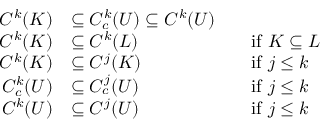
{ \begin{array} { r l r l } { C ^ { k } ( K ) } & { \subseteq C _ { c } ^ { k } ( U ) \subseteq C ^ { k } ( U ) } \\ { C ^ { k } ( K ) } & { \subseteq C ^ { k } ( L ) } & & { { \mathrm { i f ~ } } K \subseteq L } \\ { C ^ { k } ( K ) } & { \subseteq C ^ { j } ( K ) } & & { { \mathrm { i f ~ } } j \leq k } \\ { C _ { c } ^ { k } ( U ) } & { \subseteq C _ { c } ^ { j } ( U ) } & & { { \mathrm { i f ~ } } j \leq k } \\ { C ^ { k } ( U ) } & { \subseteq C ^ { j } ( U ) } & & { { \mathrm { i f ~ } } j \leq k } \end{array} }